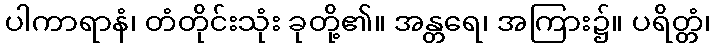
ပါကာရာနံ၊ တံတိုင်းသုံး ခုတို့၏။ အန္တရေ၊ အကြား၌။ ပရိတ္တံ၊